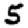
Digit: 5